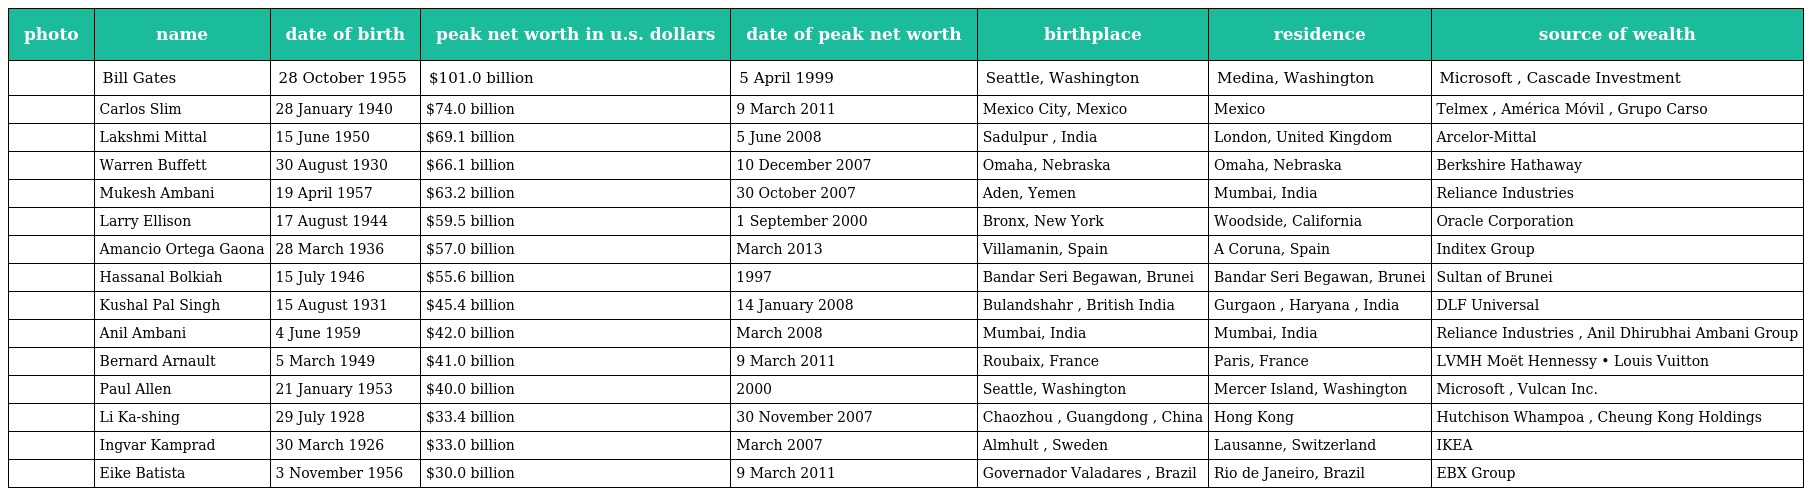
| photo | name | date of birth | peak net worth in u.s. dollars | date of peak net worth | birthplace | residence | source of wealth |
 | --- | --- | --- | --- | --- | --- | --- | --- |
 |  | Bill Gates | 28 October 1955 | $101.0 billion | 5 April 1999 | Seattle, Washington | Medina, Washington | Microsoft , Cascade Investment |
 |  | Carlos Slim | 28 January 1940 | $74.0 billion | 9 March 2011 | Mexico City, Mexico | Mexico | Telmex , América Móvil , Grupo Carso |
 |  | Lakshmi Mittal | 15 June 1950 | $69.1 billion | 5 June 2008 | Sadulpur , India | London, United Kingdom | Arcelor-Mittal |
 |  | Warren Buffett | 30 August 1930 | $66.1 billion | 10 December 2007 | Omaha, Nebraska | Omaha, Nebraska | Berkshire Hathaway |
 |  | Mukesh Ambani | 19 April 1957 | $63.2 billion | 30 October 2007 | Aden, Yemen | Mumbai, India | Reliance Industries |
 |  | Larry Ellison | 17 August 1944 | $59.5 billion | 1 September 2000 | Bronx, New York | Woodside, California | Oracle Corporation |
 |  | Amancio Ortega Gaona | 28 March 1936 | $57.0 billion | March 2013 | Villamanin, Spain | A Coruna, Spain | Inditex Group |
 |  | Hassanal Bolkiah | 15 July 1946 | $55.6 billion | 1997 | Bandar Seri Begawan, Brunei | Bandar Seri Begawan, Brunei | Sultan of Brunei |
 |  | Kushal Pal Singh | 15 August 1931 | $45.4 billion | 14 January 2008 | Bulandshahr , British India | Gurgaon , Haryana , India | DLF Universal |
 |  | Anil Ambani | 4 June 1959 | $42.0 billion | March 2008 | Mumbai, India | Mumbai, India | Reliance Industries , Anil Dhirubhai Ambani Group |
 |  | Bernard Arnault | 5 March 1949 | $41.0 billion | 9 March 2011 | Roubaix, France | Paris, France | LVMH Moët Hennessy • Louis Vuitton |
 |  | Paul Allen | 21 January 1953 | $40.0 billion | 2000 | Seattle, Washington | Mercer Island, Washington | Microsoft , Vulcan Inc. |
 |  | Li Ka-shing | 29 July 1928 | $33.4 billion | 30 November 2007 | Chaozhou , Guangdong , China | Hong Kong | Hutchison Whampoa , Cheung Kong Holdings |
 |  | Ingvar Kamprad | 30 March 1926 | $33.0 billion | March 2007 | Almhult , Sweden | Lausanne, Switzerland | IKEA |
 |  | Eike Batista | 3 November 1956 | $30.0 billion | 9 March 2011 | Governador Valadares , Brazil | Rio de Janeiro, Brazil | EBX Group |